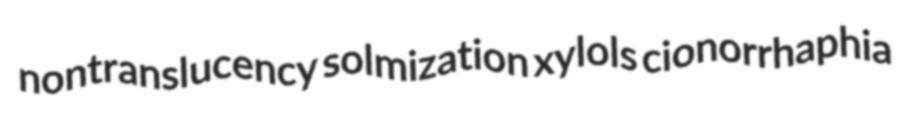
nontranslucency solmization xylols cionorrhaphia